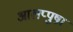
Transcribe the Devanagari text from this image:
आलप्पुषा़